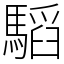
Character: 𩥅